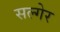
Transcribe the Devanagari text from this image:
सल्गेर